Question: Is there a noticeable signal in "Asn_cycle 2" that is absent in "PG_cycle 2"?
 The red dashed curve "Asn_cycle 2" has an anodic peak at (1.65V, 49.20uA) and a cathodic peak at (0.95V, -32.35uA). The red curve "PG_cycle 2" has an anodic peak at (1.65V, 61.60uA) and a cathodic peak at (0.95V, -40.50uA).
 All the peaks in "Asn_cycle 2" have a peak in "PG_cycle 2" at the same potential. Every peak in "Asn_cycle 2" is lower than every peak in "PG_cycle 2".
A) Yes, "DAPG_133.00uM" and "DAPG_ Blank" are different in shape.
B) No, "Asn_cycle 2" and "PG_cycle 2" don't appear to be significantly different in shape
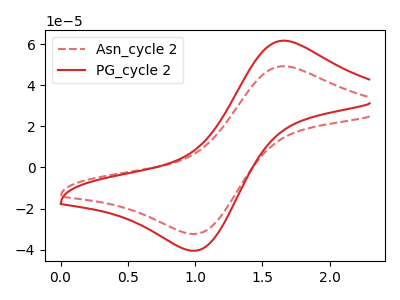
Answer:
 <answer>B) No, "Asn_cycle 2" and "PG_cycle 2" don't appear to be significantly different in shape</answer>
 <eval>B</eval>